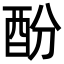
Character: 酚